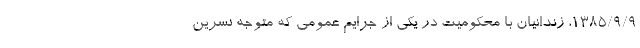
١٣٨٥/٩/٩، زندانیان با محکومیت در یکی از جرایم عمومی که متوجه نسرین